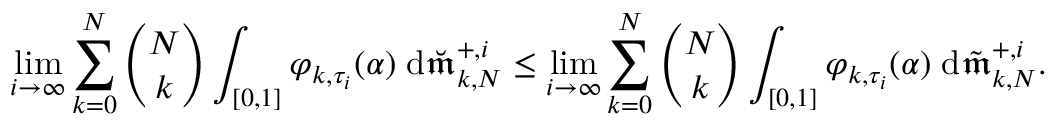
\operatorname* { l i m } _ { i \to \infty } \sum _ { k = 0 } ^ { N } { \binom { N } { k } } \int _ { [ 0 , 1 ] } \varphi _ { k , \tau _ { i } } ( \alpha ) \; \mathrm { d } \breve { \mathfrak { m } } _ { k , N } ^ { + , i } \leq \operatorname* { l i m } _ { i \to \infty } \sum _ { k = 0 } ^ { N } { \binom { N } { k } } \int _ { [ 0 , 1 ] } \varphi _ { k , \tau _ { i } } ( \alpha ) \; \mathrm { d } \tilde { \mathfrak { m } } _ { k , N } ^ { + , i } .